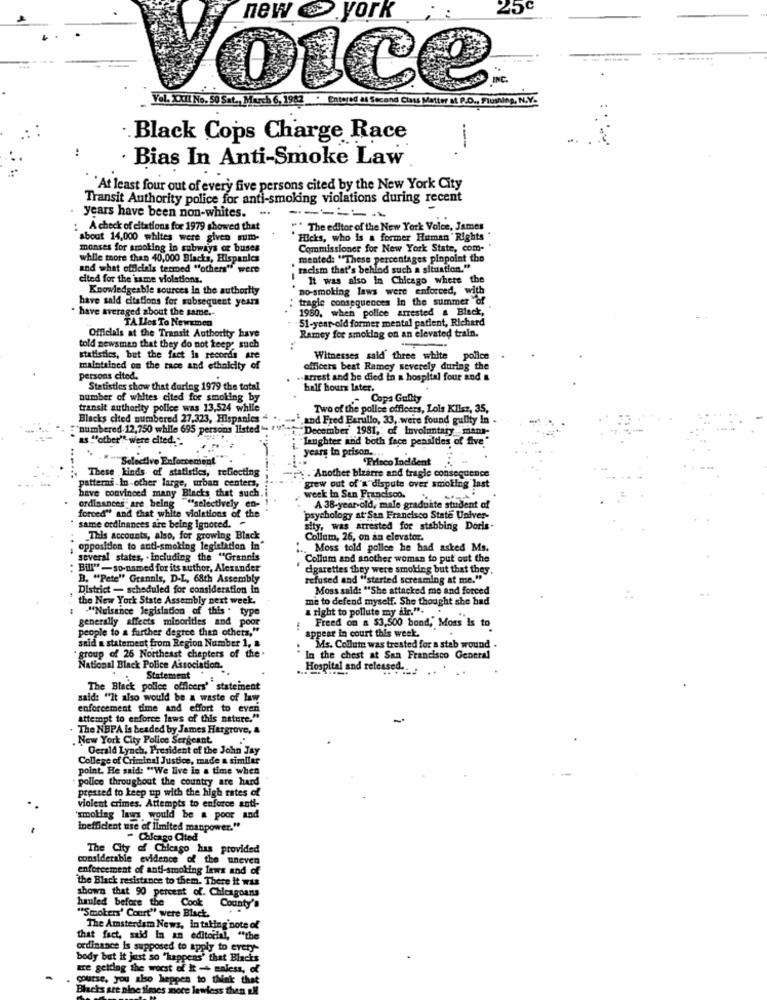
25c
new york
oice
Vel. X.XIl No. 50 Sat ., March 6, 1982 · Entered 44 Second Class Matter s. R.O ., Flushing, N.Y.
Black Cops Charge Race
---
· Bias In Anti-Smoke Law
``At least four out of every five persons cited by the New York City
Transit Authority police for anti-smoking violations during recent
years have been non-whites. ..
-- - = = =
A check of citations for 1979 showed that
.The editor of the New York Voice, James
about 14,000 whites were given sum-
Hicks, who is a former Human Rights
monses for smoking in subways or buses
Commissioner for New York State, com-
while more than 40,000 Blacks, Hispanics
mented: "These percentages pinpoint the
and what officials termed "others" were
racism that's behind such a situation."
ited for the same violations.
It was also in Chicago where the
Knowledgeable sources in the authority
no-smoking laws were enforced, with
have sald citations for subsequent years
tragie consequences In the summer "of
have averaged about the same ..
1960, when police arrested a Black,
TALles To Newamen
51-year-old former mental patient, Richard
Ramey for smoklag on an elevated train.
Officials at the Transit Authority have
old newsman that they do not keep: such
statistics, but the fact Is records are
Witnesses said' three white police
maintained on the race and ethnicity of
officers best Ramey severely during the
persons cited.
.- Arrest and he died in a hospital four and &
Statistics show that during 1979 the total
half hours later.
number of whites cited for smoking by
Cops Gullty
transit authority police was 13,524 while
Two of the police officers, Lois Klisz, 35,
Blacks cited numbered 27.323, Hispanics
" and Fred Earullo, 33 ,. were found guilty in
"numbered-12,750 while 695 persons listed"
December' 1981," of Involuntary mans-
as.""other"" were cited."
lenghter and both face penalties of five
years in prison ..
"Selective
"Selective Enforcement
Frisco Incident
These kinds of statistics, reflecting
patterns In other large, urban centers,
. Another bizarre and tragle consequence
have convinced many Blacks that such.i
grew out of a dispute over smoking last
ordinances are being "selectively en
week in San Francisco.
A 38-year-old, male graduate student of
forced" and that white violations of the
selectively co-
psychology at San Francisco State Univer-
same ordinances are being Ignored. "
alty, was arrested for stabbing Doris
This accounts, also, for growing Black
Collum, 26, on an elevator.
opposition to anti-smoking legislation in
... Moss told pollee he had asked Ms.
several states, . including the "Grannis
Collum and another woman to put out the
: Bill"-so-named for its author, Alexander
cigarettes they were smoking but that they.
B. "Pete" Grannls, D-L, 68th Assembly
refused and "started screaming at me."
District - scheduled for consideration in
Moss said: "She attacked me and forced
be New York State Assembly next week.
me to defend myself. She thought she had
"Nuisance legislation of this : type
a right to pollute my air.".
generally affects minorities and poor
people to a further degree than others,"
appear in court this week.
Freed on a $3.500 bond, Moss Is to
said a statement from Region Number 1, 8
Ms. Collum was trested for a stab wound
" group of 26 Northeast chapters of the.
In the chest at San Francisco General
National Black Police Association.
Hospital and released ...
Statement
The Black police officers' stateinent
said: "It also would be a waste of law
enforcement time and effort to even
attempt to enforce laws of this nature."
The NBPA Is beaded by James Hergrove,
. New York City Pollee Sergeant
Gerald Lynch, President of the John Jay
College of Criminal Justice, made a similar
point. He said: "We live in a time when
police throughout the country are hard
pressed to keep up with the high rates of
violent crimes. Attempts to enforce anti-
'smoking laws would be a poor and
inefficient use of limited manpower."
- Chicago Cited
The City of Chicago has provided
considerable evidence of the uneven
enforcement of anti-smoking laws and of
the Black resistance to them. There it was
shown that 90 percent of. Chicagoans
hauled before the Cook
County's
"Smokers' Court" were Black.
The Amsterdam News, In taking note of
that fact, said In an editorial, "the
ordinance is supposed to apply to every-
body but it just so "happens' that Blacks
are getting the worst of It - maless, of
course, you also heppen to think that
Blacks are nine times more lawless then all